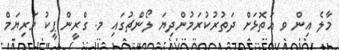
މާލެ އިން ވ އަތޮޅަށް ދަތުރުކުރަމުންދިޔަ ލޯންޗުގައި މ. ގްރީން ޕީކު މަރިޔަމް